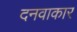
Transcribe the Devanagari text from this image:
दनवाकार